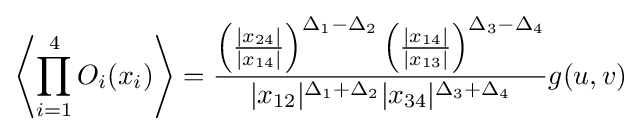
\left\langle \prod _{i=1}^{4}O_{i}(x_{i})\right\rangle ={\frac {\left({\frac {|x_{24}|}{|x_{14}|}}\right)^{\Delta _{1}-\Delta _{2}}\left({\frac {|x_{14}|}{|x_{13}|}}\right)^{\Delta _{3}-\Delta _{4}}}{|x_{12}|^{\Delta _{1}+\Delta _{2}}|x_{34}|^{\Delta _{3}+\Delta _{4}}}}g(u,v)